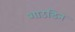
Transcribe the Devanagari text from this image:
शाउडिन